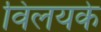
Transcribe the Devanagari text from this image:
विलयके